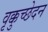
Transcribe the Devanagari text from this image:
वृक्कुच्छेदन